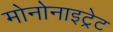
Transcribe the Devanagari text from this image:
मोनोनाइट्रेट